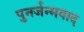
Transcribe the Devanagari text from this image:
पुनर्जन्मवाद